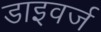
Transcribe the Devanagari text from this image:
डाइवर्ज